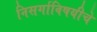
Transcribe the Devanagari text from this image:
निसर्गाविषयीचे